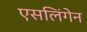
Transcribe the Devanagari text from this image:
एसलिंगेन